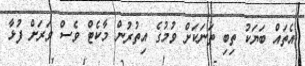
އެތައް ބަޔަކު ތިބި ތަނަކަށް ވުމުގެ އިތުރުން މާކެޓް ވެސް ވަރަށް ފުޅާ